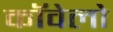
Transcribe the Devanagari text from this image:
कॉवेलो